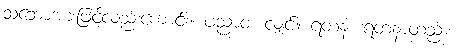
သဘောအားဖြင့်လည်းကောင်း။ ပညာဝ၊ လျှင်။ ရတနံ၊ ရတနာတည်း။